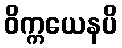
ဝိက္ကယေနပိ